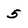
Character: 5